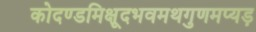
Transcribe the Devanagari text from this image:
कोदण्डमिक्षूदभवमथगुणमप्यड़